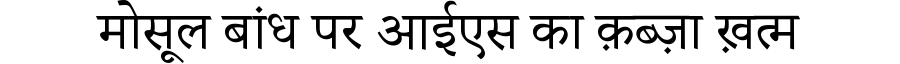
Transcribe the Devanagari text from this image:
मोसूल बांध पर आईएस का क़ब्ज़ा ख़त्म